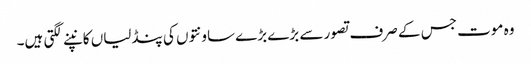
وہ موت جس کے صرف تصور سے بڑے بڑے ساونتوں کی پنڈلیاں کانپنے لگتی ہیں۔